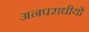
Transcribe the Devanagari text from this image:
अनपराधीयों